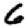
Digit: 6